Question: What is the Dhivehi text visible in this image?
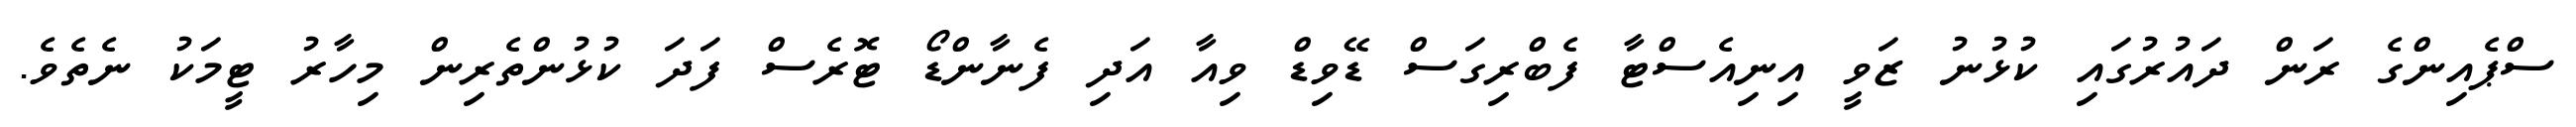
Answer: ސްޕެއިންގެ ރަން ދައުރުގައި ކުޅުނު ޒަވީ އިނިއެސްޓާ ފެބްރިގަސް ޑޭވިޑް ވިއާ އަދި ފެނާންޑޯ ޓޮރެސް ފަދަ ކުޅުންތެރިން މިހާރު ޓީމަކު ނެތެވެ.